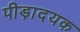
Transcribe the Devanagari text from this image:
पीड़ादयक